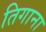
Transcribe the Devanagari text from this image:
तिगाना